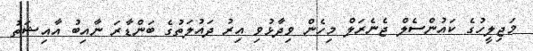
މަޖިލީހުގެ ކައުންސެލް ޖެނެރަލް މިހެން ވިދާޅުވި އިރު ދައުލަތުގެ ބަންޑާރަ ނާއިބު އާއިޝަތު